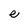
Character: e